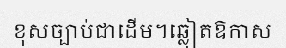
ខុសច្បាប់ជាដើម។ឆ្លៀតឱកាស